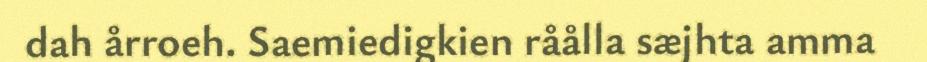
dah årroeh. Saemiedigkien råålla sæjhta amma